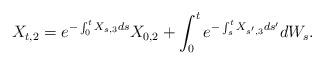
LaTeX: \begin{align*}X_{t,2} = e^{-\int_0^t X_{s,3}ds}X_{0,2} + \int_0^t e^{-\int_s^t X_{s',3}ds'}dW_s.\end{align*}